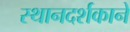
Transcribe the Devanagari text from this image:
स्थानदर्शकाने